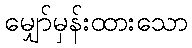
မျှော်မှန်းထားသော